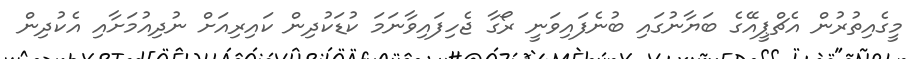
މީގެއިތުރުން އެޗްޕީއޭގެ ބަޔާނުގައި ބުނެފައިވަނީ ރޯގާ ޖެހިފައިވާނަމަ ކުޑަކުދިން ކައިރިއަށް ނުދިއުމަށާއި އެކުދިން